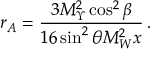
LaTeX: r _ { A } = \frac { 3 M _ { \Upsilon } ^ { 2 } \cos ^ { 2 } \beta } { 1 6 \sin ^ { 2 } \theta M _ { W } ^ { 2 } x } \, .